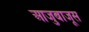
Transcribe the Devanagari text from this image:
आजुबाजूस